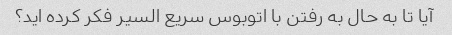
آیا تا به حال به رفتن با اتوبوس سریع السیر فکر کرده اید؟